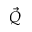
\vec { Q }